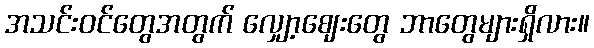
အသင်းဝင်တွေအတွက် လျှော့ဈေးတွေ ဘာတွေများရှိလား။